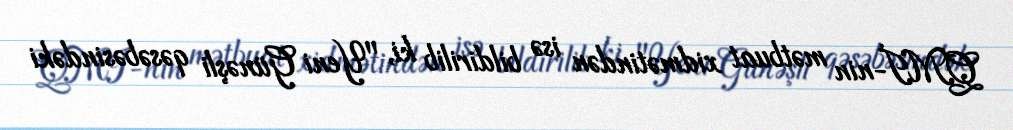
QMİ-nin mətbuat xidmətindən isə bildirilib ki, "Yeni Günəşli qəsəbəsindəki